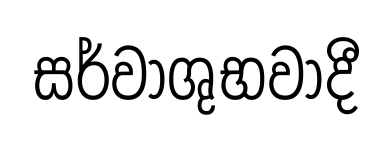
සර්වාශුභවාදී